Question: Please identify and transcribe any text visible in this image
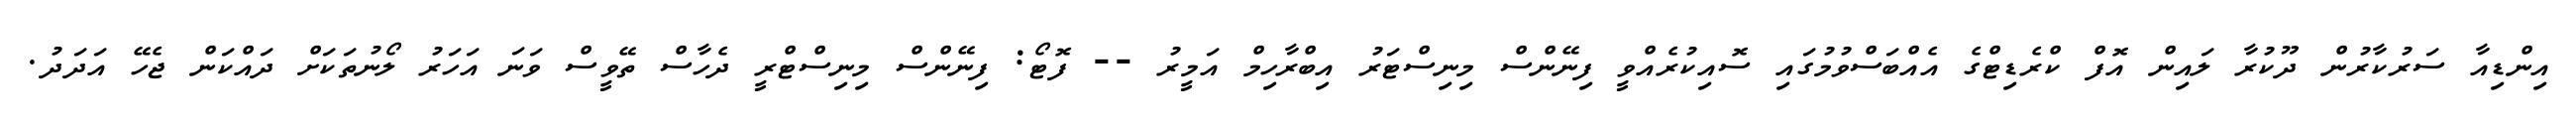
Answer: އިންޑިއާ ސަރުކާރުން ދޫކުރާ ލައިން އޮފް ކްރެޑިޓްގެ އެއްބަސްވުމުގައި ސޮއިކުރެއްވީ ފިނޭންސް މިނިސްޓަރު އިބްރާހިމް އަމީރު -- ފޮޓޯ: ފިނޭންސް މިނިސްޓްރީ ދެހާސް ތޭވީސް ވަނަ އަހަރު ލޯނުތަކަށް ދައްކަން ޖެހޭ އަދަދު.